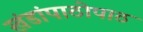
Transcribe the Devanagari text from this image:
खंडांपाठोपाठ